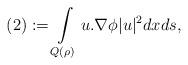
LaTeX: \begin{align*}(2):= \int\limits_{Q(\rho)}u.\nabla\phi|u|^2dxds,\end{align*}